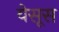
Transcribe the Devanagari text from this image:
येसूस